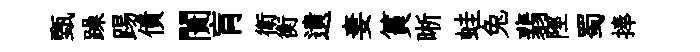
甄躁踢債闠肓衛衡遺妻篔晰蛙兔翡陘蜀捧